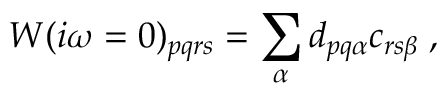
W ( i \omega = 0 ) _ { p q r s } = \sum _ { \alpha } d _ { p q \alpha } c _ { r s \beta } \; ,